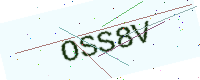
Text: OSS8V